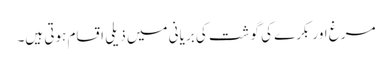
مرغ اور بکرے کی گوشت کی بریانی میں ذیلی اقسام ہوتی ہیں۔